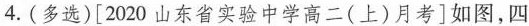
4.(多选)[2020山东省实验中学高二(上)月考]如图，四